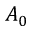
A _ { 0 }